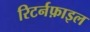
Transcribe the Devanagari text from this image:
रिटर्नफ़ाइल